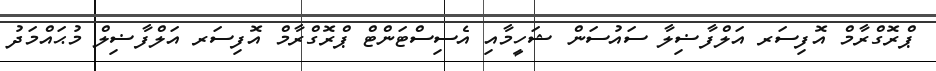
ޕްރޮގްރާމް އޮފިސަރ އަލްފާޟިލާ ސައުސަން ޝަހީމާއި އެސިސްޓަންޓް ޕްރޮގްރާމް އޮފިސަރ އަލްފާޟިލް މުޙައްމަދު